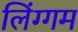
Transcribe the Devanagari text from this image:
लिंग्गम